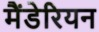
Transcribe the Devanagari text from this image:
मैंडेरियन